Annual report of the Bengal Veterinary College and of the Civil Veterinary Department, Bengal, for the year 1913-1914 - 1913-1914
Year: 1913
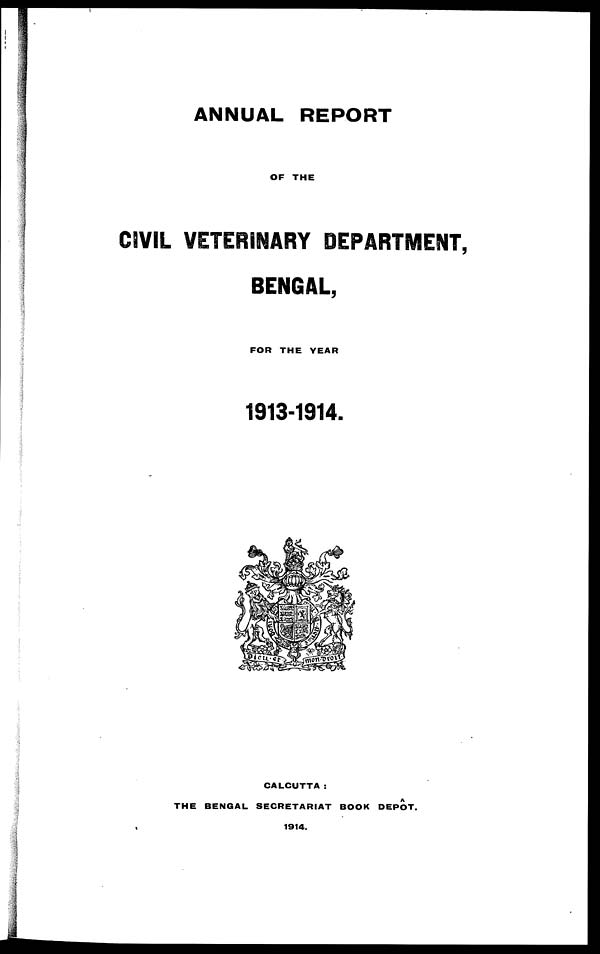
ANNUAL REPORT
OF THE
CIVIL VETERINARY DEPARTMENT,
BENGAL,
FOR THE YEAR
1913-1914.
CALCUTTA :
THE BENGAL SECRETARIAT BOOK DEPOT.
1914.